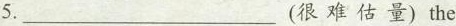
5.__________(很 难 估 量)the